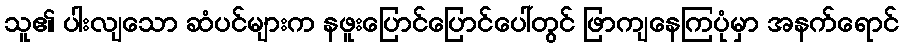
သူ၏ ပါးလျသော ဆံပင်များက နဖူးပြောင်ပြောင်ပေါ်တွင် ဖြာကျနေကြပုံမှာ အနက်ရောင်